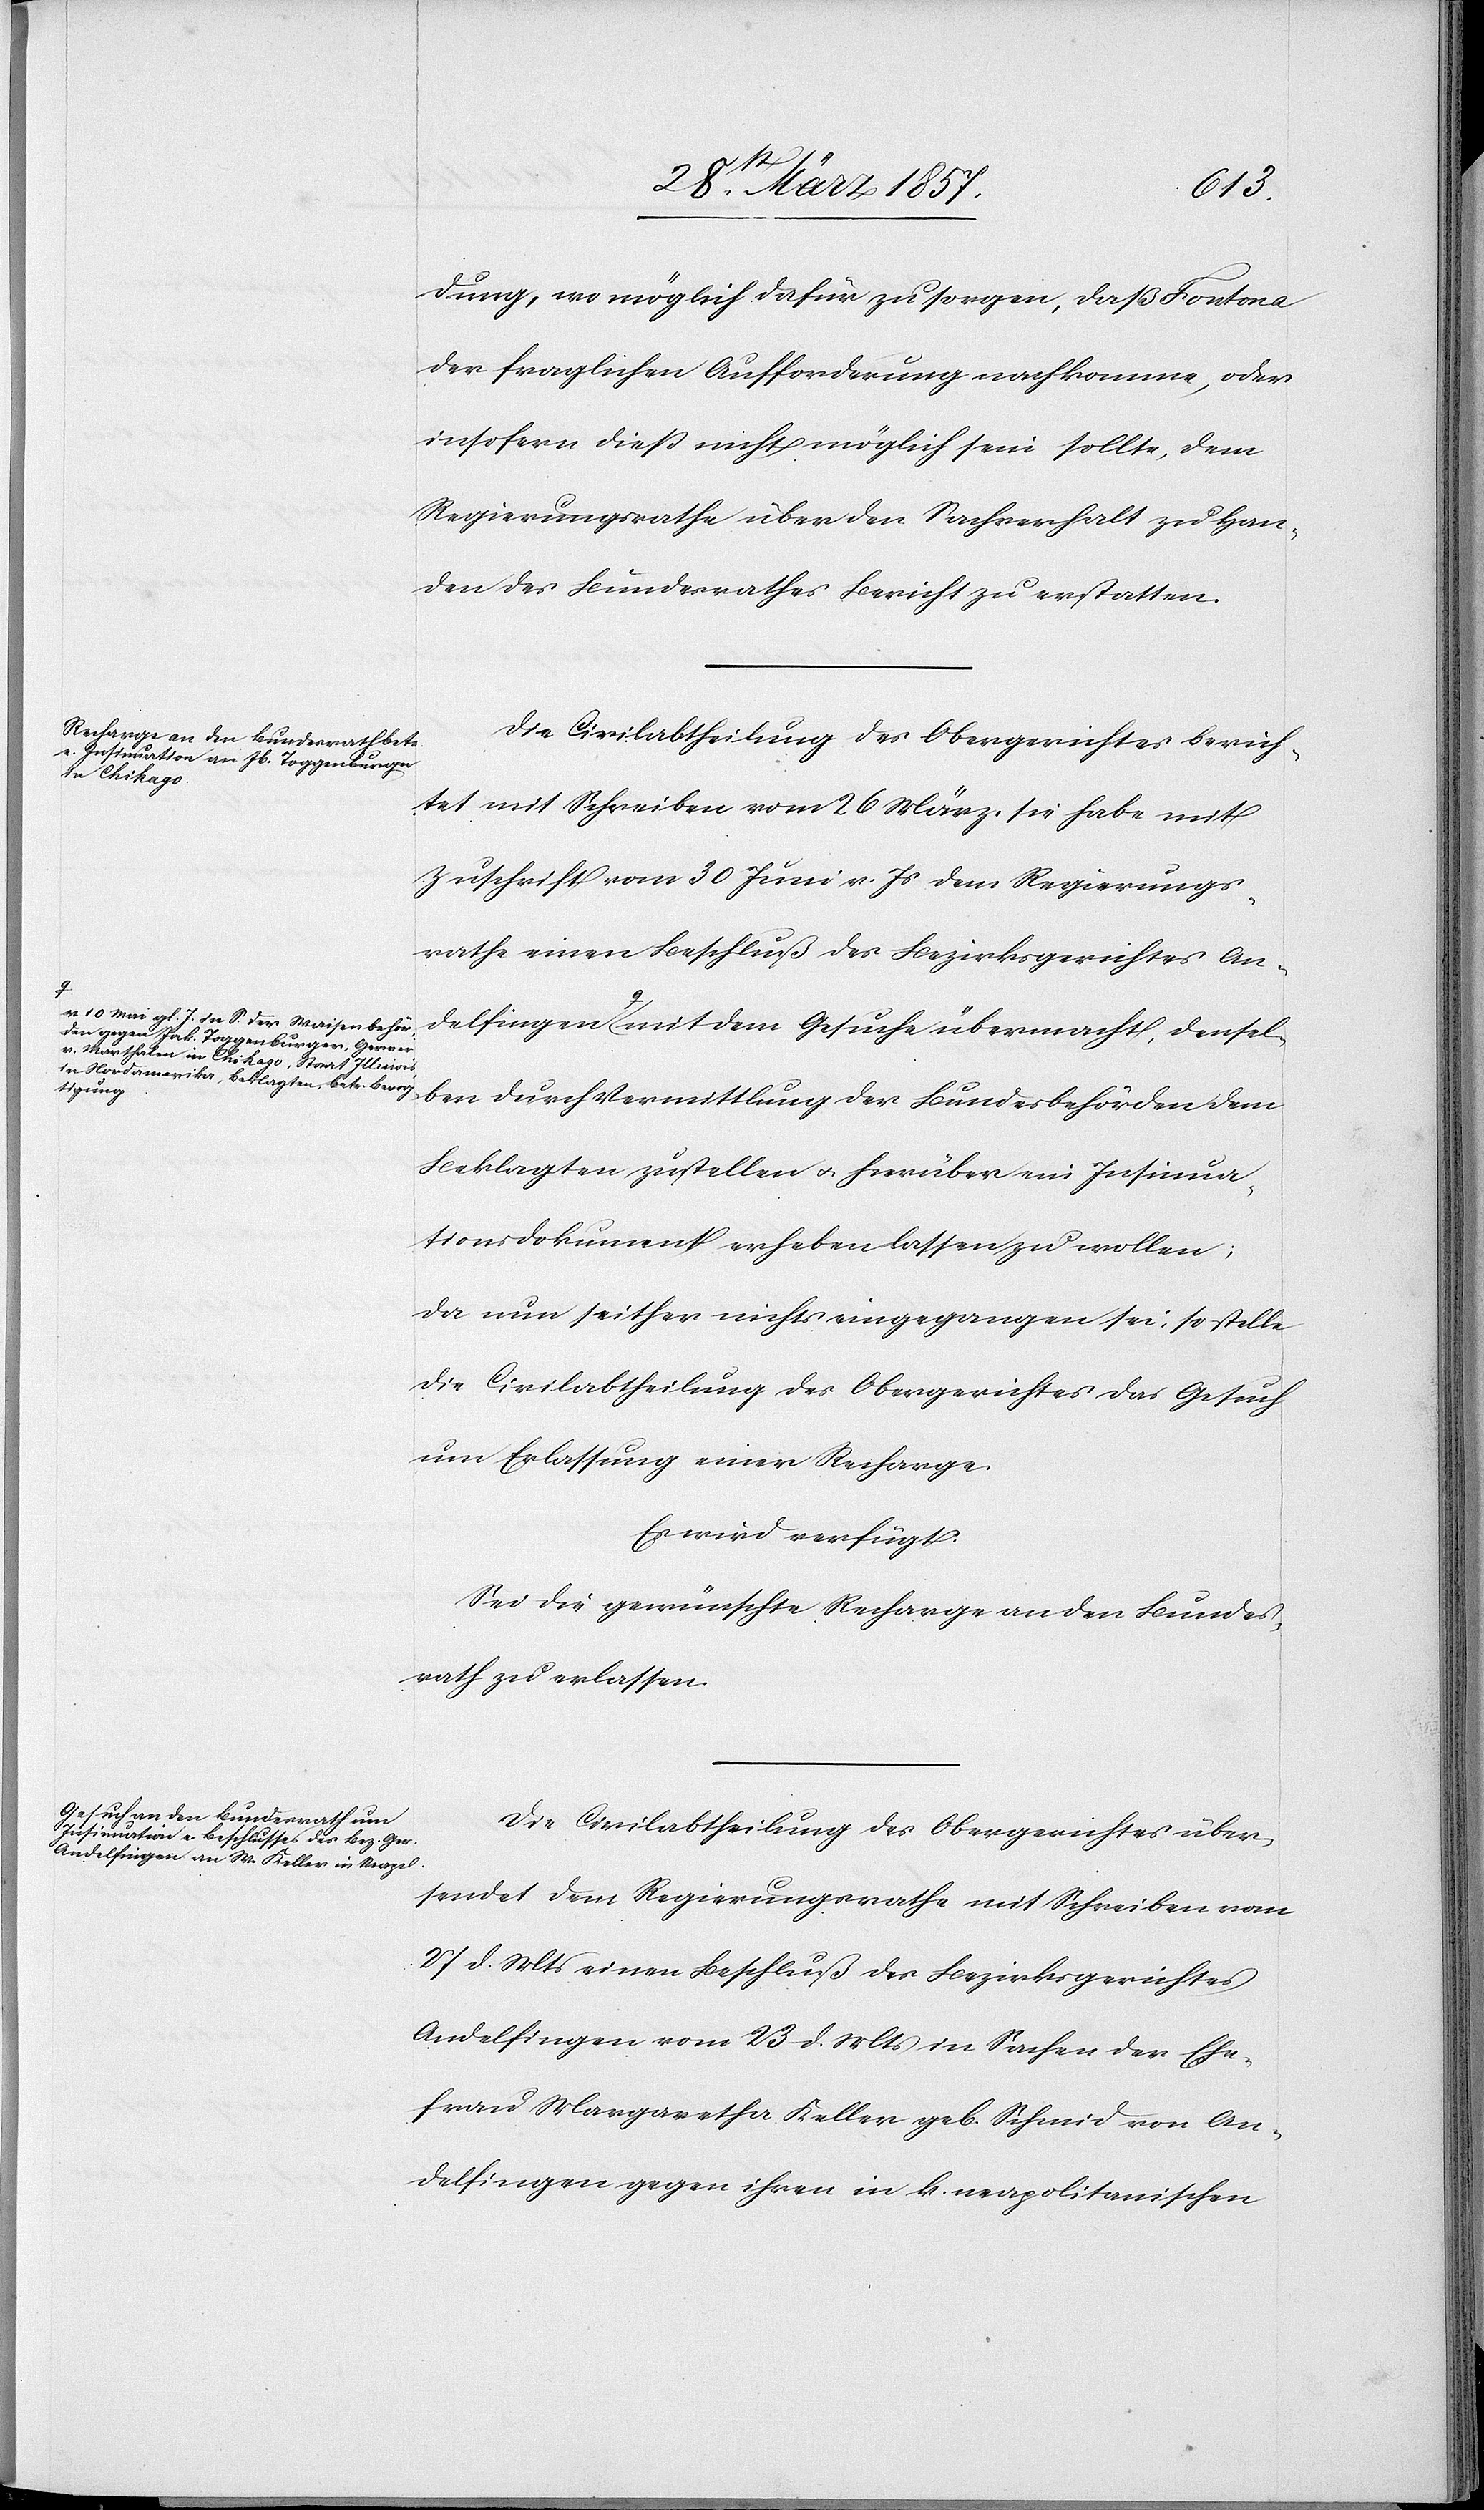
10 Mai gl. J. in S. der Waisenbehör¬
den gegen Jak. Toggenburger, Gerwer
v. Marthalen in Chikago, Staat Illinois,
in Nordamerika, Beklagten, betr. Bevog¬
tigung-a

densel¬
dung, wo möglich dafür zu sorgen, daß Fontana
der fraglichen Aufforderung nachkomme, oder
insofern dieß nicht möglich sein wollte, dem
Regierungsrathe über den Sachverhalt zu Han¬
den des Bundesrathes Bericht zu erstatten.
Die Civilabtheilung des Obergerichtes berich¬
tet mit Schreiben vom 26 März, sie habe mit
Zuschrift vom 30 Juni v. Js dem Regierungs¬
rathe einen Beschluß des Bezirksgerichtes An¬
ben durch Vermittlung der Bundesbehörden dem
Beklagten zustellen u. hierüber ein Insinua¬
tionsdokument erheben lassen zu wollen;
da nun seither nichts eingegangen sei, so stelle
die Civilabtheilung des Obergerichtes das Gesuch
um Erlassung einer Recharge.
Es wird verfügt:
Sei die gewünschte Recharge an den Bundes¬
rath zu erlassen.
Die Civilabtheilung des Obergerichtes über¬
sendet dem Regierungsrathe mit Schreiben vom
27 d. Mts einen Beschluß des Bezirksgerichtes
Andelfingen vom 23 d. Mts in Sachen der Ehe¬
frau Margaretha Keller geb. Schmid von An¬
delfingen gegen ihren in k. neapolitanischen